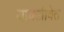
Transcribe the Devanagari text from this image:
यावज्जीवेत